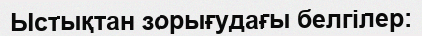
Ыстықтан зорығудағы белгілер: